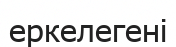
еркелегені